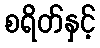
စရိတ်နှင့်